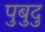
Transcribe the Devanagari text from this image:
पुबुदु